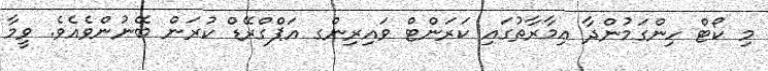
މި ކޯޓް ހިންގަމުންދާ ޢިމާރާތުގައި ކަރަންޓް ވައިރިންގ އަޕްގްރޭޑް ކުރަން ބޭނުންވެއެވެ. ވީމާ